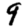
Digit: 9